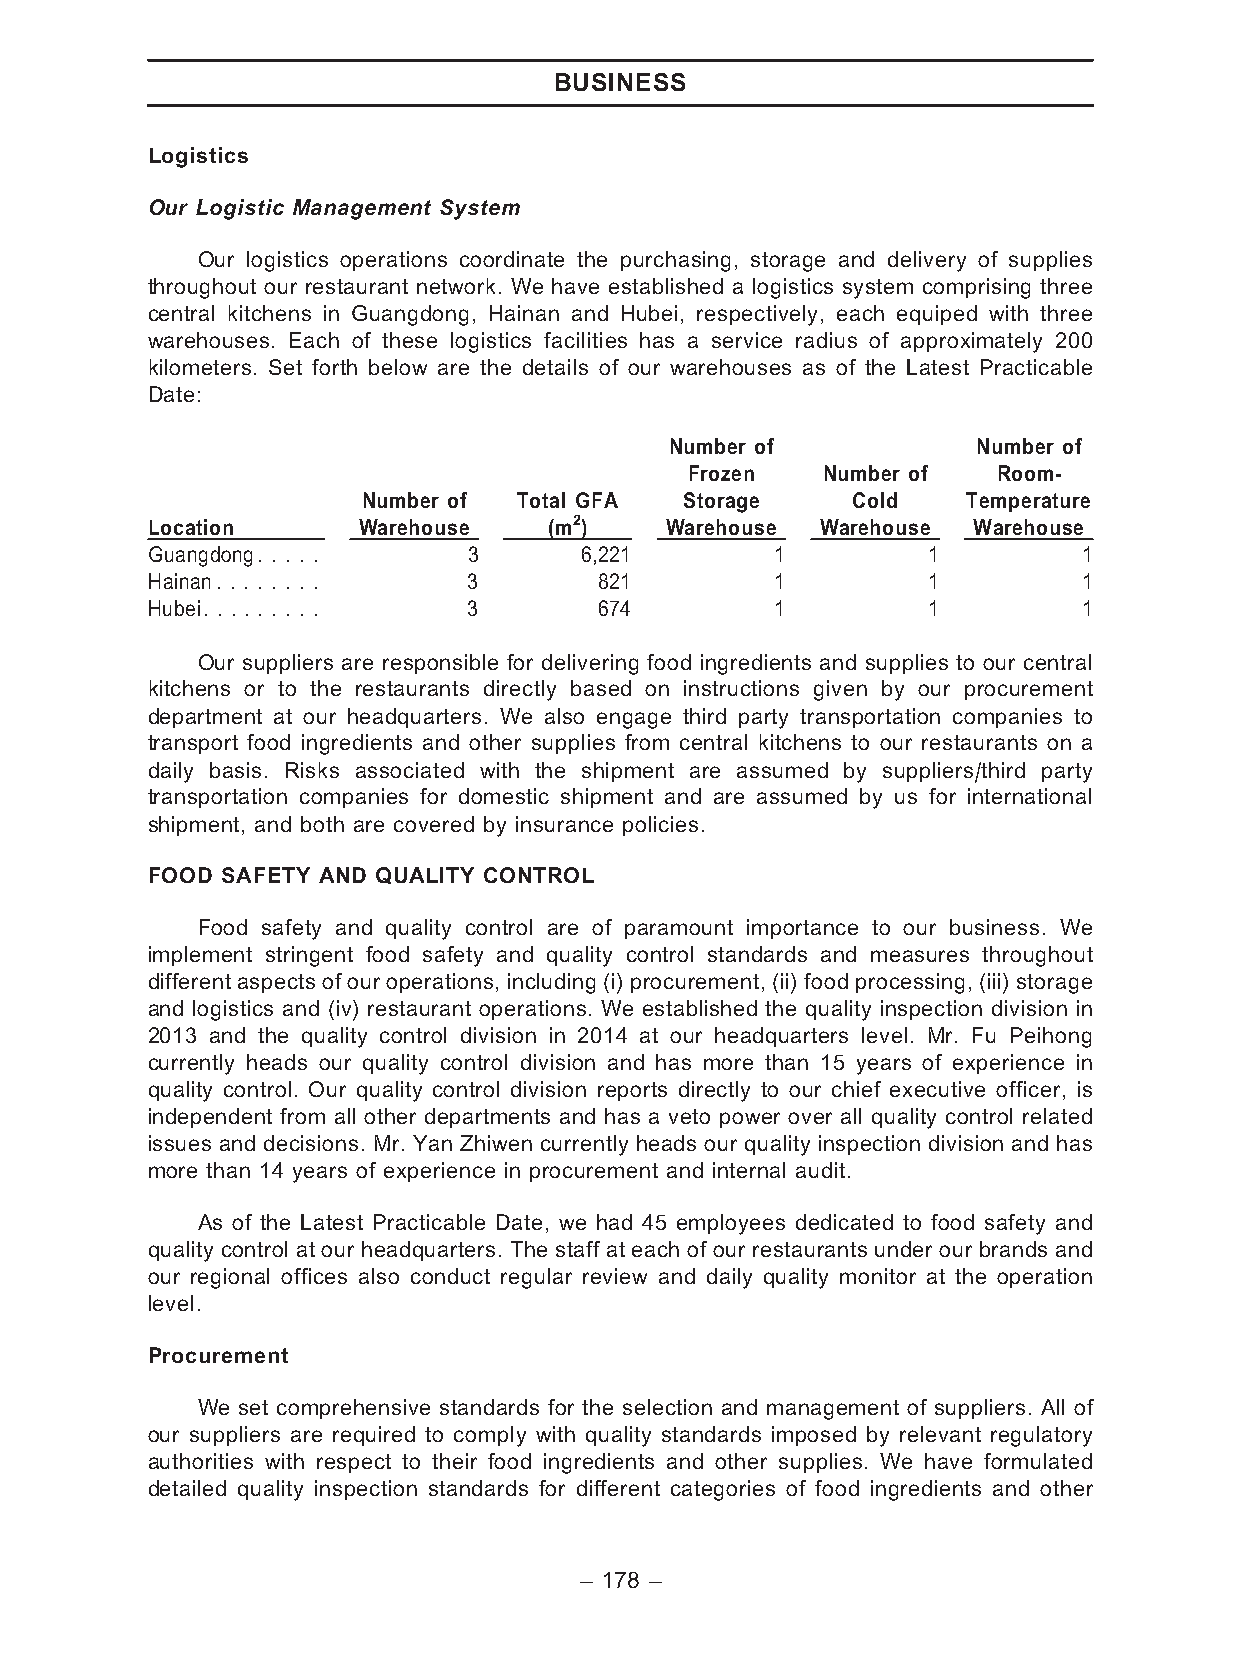
BUSINESS
 Logistics
 Our Logistic Management System
 Our logistics operations coordinate the purchasing, storage and delivery of supplies
 throughout our restaurant network. We have established a logistics system comprising three
 central kitchens in Guangdong, Hainan and Hubei, respectively, each equiped with three
 warehouses. Each of these logistics facilities has a service radius of approximately 200
 kilometers. Set forth below are the details of our warehouses as of the Latest Practicable
 Date:
 Number of            Number of
 Frozen   Number of   Room-
 Number of Total GFA  Storage    Cold    Temperature
 Location      Warehouse   (m2)    Warehouse Warehouse Warehouse
 Guangdong. . . . .   3      6,221        1         1          1
 Hainan. . . . . . . . 3       821        1         1          1
 Hubei. . . . . . . . . 3      674        1         1          1
 Our suppliers are responsible for delivering food ingredients and supplies to our central
 kitchens or to the restaurants directly based on instructions given by our procurement
 department at our headquarters. We also engage third party transportation companies to
 transport food ingredients and other supplies from central kitchens to our restaurants on a
 daily basis. Risks associated with the shipment are assumed by suppliers/third party
 transportation companies for domestic shipment and are assumed by us for international
 shipment, and both are covered by insurance policies.
 FOOD SAFETY AND QUALITY CONTROL
 Food safety and quality control are of paramount importance to our business. We
 implement stringent food safety and quality control standards and measures throughout
 different aspectsof our operations, including (i) procurement, (ii) food processing, (iii) storage
 and logistics and (iv) restaurant operations. We established the quality inspection division in
 2013 and the quality control division in 2014 at our headquarters level. Mr. Fu Peihong
 currently heads our quality control division and has more than 15 years of experience in
 quality control. Our quality control division reports directly to our chief executive officer, is
 independent from all other departments and has a veto power over all quality control related
 issues and decisions. Mr. Yan Zhiwen currently heads our quality inspection division and has
 more than 14 years of experience in procurement and internal audit.
 As of the Latest Practicable Date, we had 45 employees dedicated to food safety and
 quality control at our headquarters. The staff at each of our restaurants under our brands and
 our regional offices also conduct regular review and daily quality monitor at the operation
 level.
 Procurement
 We set comprehensive standards for the selection and management of suppliers. All of
 our suppliers are required to comply with quality standards imposed by relevant regulatory
 authorities with respect to their food ingredients and other supplies. We have formulated
 detailed quality inspection standards for different categories of food ingredients and other
 – 178 –